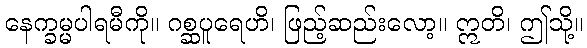
နေက္ခမ္မပါရမီကို။ ဂစ္ဆပူရေဟိ၊ ဖြည့်ဆည်းလော့။ ဣတိ၊ ဤသို့။